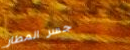
جسر المطار